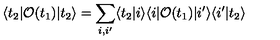
\langle t _ { 2 } | { \cal O } ( t _ { 1 } ) | t _ { 2 } \rangle = \sum _ { i , i ^ { \prime } } \langle t _ { 2 } | i \rangle \langle i | { \cal O } ( t _ { 1 } ) | i ^ { \prime } \rangle \langle i ^ { \prime } | t _ { 2 } \rangle